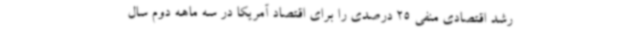
رشد اقتصادی منفی 25 درصدی را برای اقتصاد آمریکا در سه ماهه دوم سال